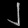
Digit: ၂